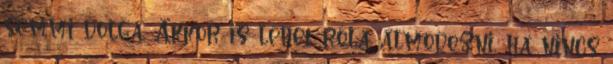
semmi dolga. Akkor is lehet róla álmodozni, ha nincs